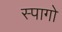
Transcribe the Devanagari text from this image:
स्पागो